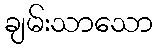
ချမ်းသာသော